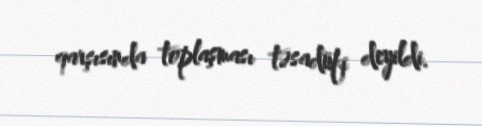
qarşısında toplaşması təsadüfi deyildi.